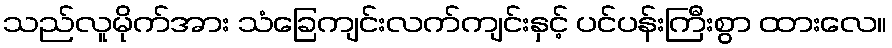
သည်လူမိုက်အား သံခြေကျင်းလက်ကျင်းနှင့် ပင်ပန်းကြီးစွာ ထားလေ။